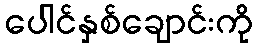
ပေါင်နှစ်ချောင်းကို